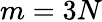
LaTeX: m=3N